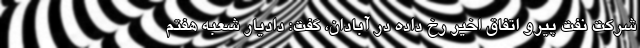
شرکت نفت پیرو اتفاق اخیر رخ داده در آبادان، گفت: دادیار شعبه هفتم